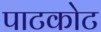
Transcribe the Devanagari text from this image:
पाटकोट